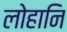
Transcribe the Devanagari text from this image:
लोहानि